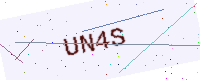
Text: UN4S